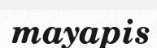
mayapis